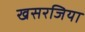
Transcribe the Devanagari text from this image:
खसरजिया